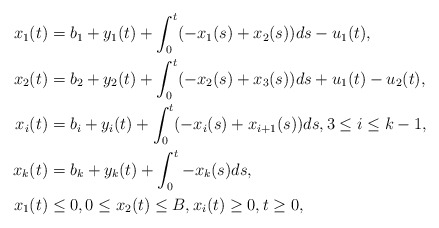
\begin{align*}x_1(t) &= b_1 + y_1(t) + \int_0^t(-x_1(s) + x_2(s))ds - u_1(t), \\x_2(t) &= b_2 + y_2(t) + \int_0^t(-x_2(s) + x_3(s))ds + u_1(t) - u_2(t), \\x_i(t) &= b_i + y_i(t) + \int_0^t(-x_i(s) + x_{i+1}(s))ds,3 \le i \le k-1, \\x_k(t) &= b_k + y_k(t) + \int_0^t-x_k(s)ds, \\x_1(t) &\le 0, 0 \le x_2(t) \le B, x_i(t) \ge 0, t \ge 0, \end{align*}